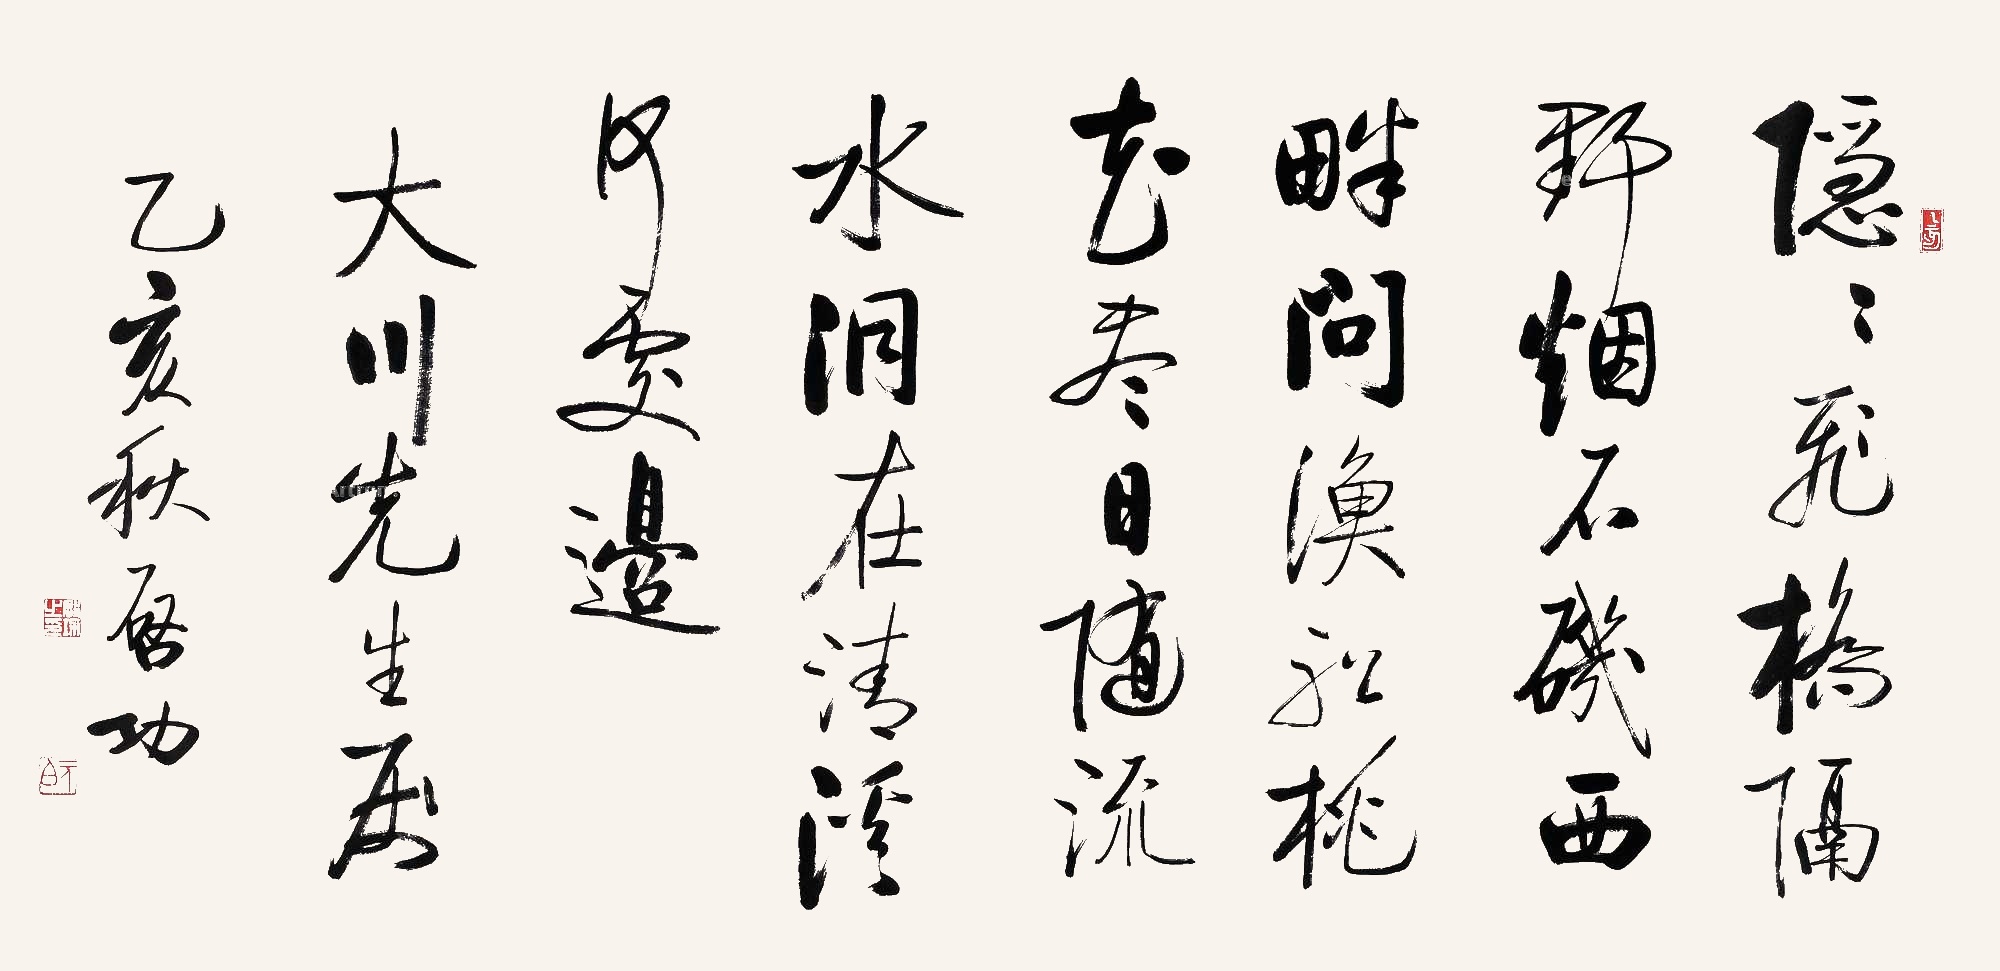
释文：隐隐飞桥隔野烟，石矶西畔问渔船。桃花尽日随流水，洞在清溪何处边。大川先生属。乙亥秋，启功。